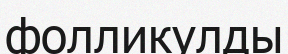
фолликулды